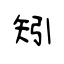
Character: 矧